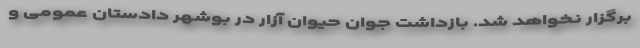
برگزار نخواهد شد. بازداشت جوان حیوان آزار در بوشهر دادستان عمومی و